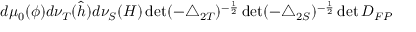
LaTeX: d \mu _ { 0 } ( \phi ) d \nu _ { T } ( \hat { h } ) d \nu _ { S } ( H ) \operatorname * { d e t } ( - \triangle _ { 2 T } ) ^ { - \frac { 1 } { 2 } } \operatorname * { d e t } ( - \triangle _ { 2 S } ) ^ { - \frac { 1 } { 2 } } \operatorname * { d e t } D _ { F P }